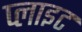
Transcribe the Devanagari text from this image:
प्लाइट